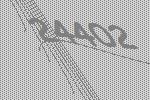
24402